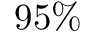
9 5 \%